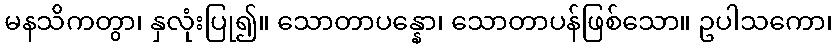
မနသိကတွာ၊ နှလုံးပြု၍။ သောတာပန္နော၊ သောတာပန်ဖြစ်သော။ ဥပါသကော၊